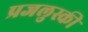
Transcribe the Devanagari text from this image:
प्रजलुस्की